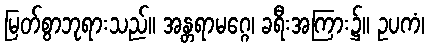
မြတ်စွာဘုရားသည်။ အန္တရာမဂ္ဂေ၊ ခရီးအကြား၌။ ဥပကံ၊